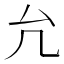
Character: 𠘭